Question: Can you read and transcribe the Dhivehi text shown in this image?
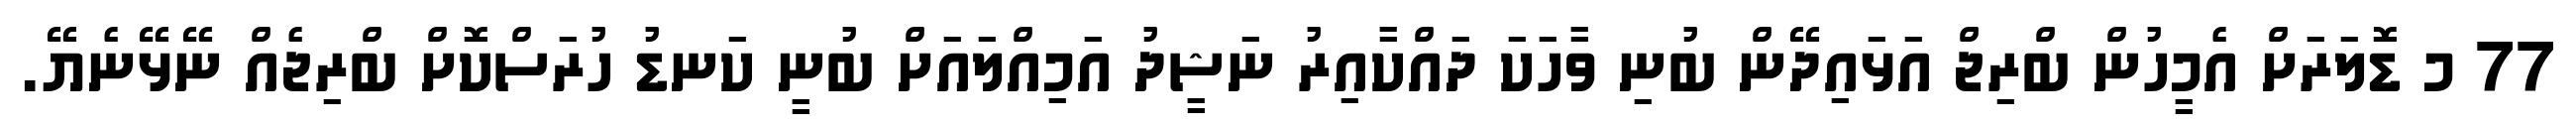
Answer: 77 މ ޑޮލަރަށް އެމީހުން ބްރިޖް އަޅައިދޭން ބުނި ވާހަކަ ދައްކާއިރު ނަޝީދު އަމިއްލައަށް ބުނީ ކަނޑު ހުރަސްކޮށް ބްރިޖެއް ނޭޅޭނެޔޭ.